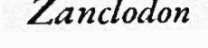
Zanclodon